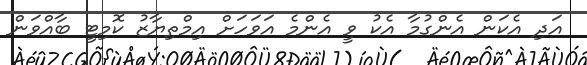
އަދި އެކަން އެންގުމާ އެކު ވީ އެންމެ އަވަހަށް އިމްތިޔާޒު ކޮމިޓީ ބާއްވަން